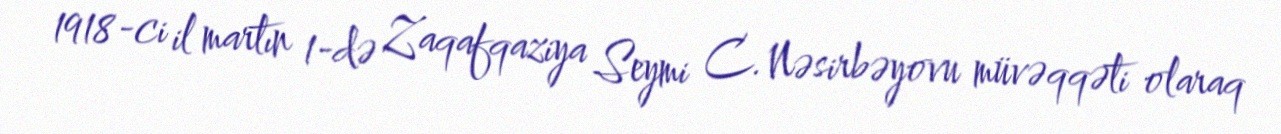
1918-ci il martın 1-də Zaqafqaziya Seymi C. Nəsirbəyovu müvəqqəti olaraq